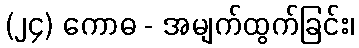
(၂၄) ကောဓ - အမျက်ထွက်ခြင်း၊